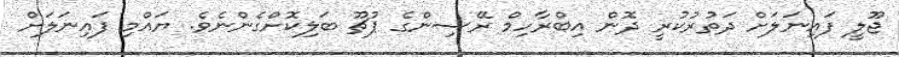
ޖޫލީ ފައިނަލަށް ދަތުރުކުރީ ދޮން އިބްރާހިމް ރޭސިންގެ ޕުޗޫ ބަލިކޮށްގެންނެވެ. ޔައްމި ފައިނަލަށް